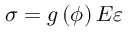
\sigma = g \left( \phi \right) E \varepsilon